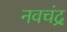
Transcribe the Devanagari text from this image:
नवचंद्र